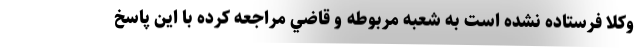
وكلا فرستاده نشده است به شعبه مربوطه و قاضي مراجعه كرده با اين پاسخ